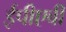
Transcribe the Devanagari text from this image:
ईपीएबी